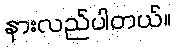
နားလည်ပါတယ်။